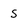
Character: S